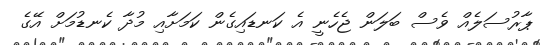
ޕާރުސަލެއް ވެސް ބަލަން ޖެހެނީ އެ ކަނޑައިގެން ކަމަށާއި މުދާ ކެނޑުމަށް އޭގެ